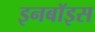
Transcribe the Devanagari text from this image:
इनबॉइस